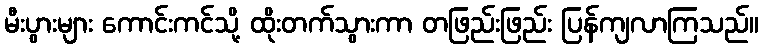
မီးပွားများ ကောင်းကင်သို့ ထိုးတက်သွားကာ တဖြည်းဖြည်း ပြန်ကျလာကြသည်။